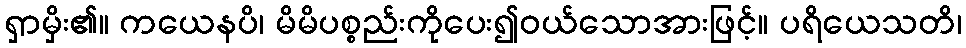
ရှာမှိး၏။ ကယေနပိ၊ မိမိပစ္စည်းကိုပေး၍ဝယ်သောအားဖြင့်။ ပရိယေသတိ၊